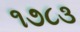
૧૭૮૩